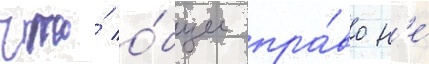
что́ о́бщее пра́во н'е́